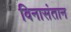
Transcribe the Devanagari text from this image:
विनासंतान